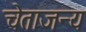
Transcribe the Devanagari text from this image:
चेताजन्य